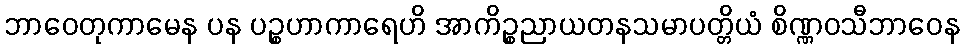
ဘာဝေတုကာမေန ပန ပဉ္စဟာကာရေဟိ အာကိဉ္စညာယတနသမာပတ္တိယံ စိဏ္ဏဝသီဘာဝေန